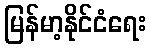
မြန်မာ့နိုင်ငံရေး